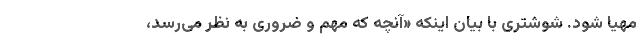
مهیا شود. شوشتری با بیان اینکه «آنچه که مهم و ضروری به نظر می‌رسد،